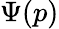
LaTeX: \Psi(p)